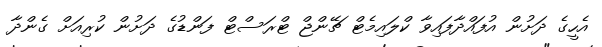
އެހީގެ ދަށުން އުފައްދާފައިވާ ކްލައިމެޓް ޗޭންޖް ޓްރަސްޓް ފަންޑުގެ ދަށުން ކުރިއަށް ގެންދާ